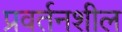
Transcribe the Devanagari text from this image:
प्रवर्तनशील